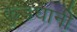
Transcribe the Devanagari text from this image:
कुंडघानी